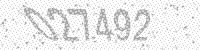
Solution: 027492